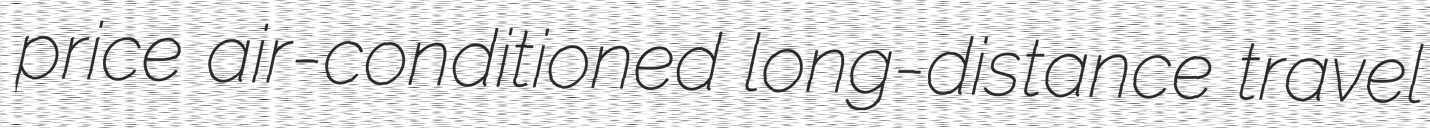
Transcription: price air-conditioned long-distance travel